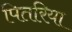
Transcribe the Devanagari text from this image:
पितरिया